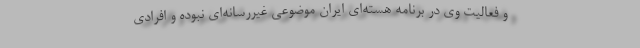
و فعالیت وی در برنامه هسته‌ای ایران موضوعی غیررسانه‌ای نبوده و افرادی